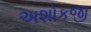
અશોકજી